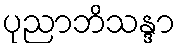
ပုညာဘိသန္ဒာ